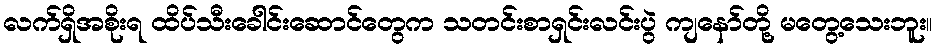
လက်ရှိအစိုးရ ထိပ်သီးခေါင်းဆောင်တွေက သတင်းစာရှင်းလင်းပွဲ ကျနော်တို့ မတွေ့သေးဘူး။